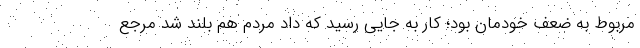
مربوط به ضعف خودمان بود؛ کار به جایی رسید که داد مردم هم بلند شد مرجع